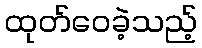
ထုတ်ဝေခဲ့သည့်